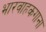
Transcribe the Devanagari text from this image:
भारवाहकगाना